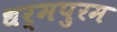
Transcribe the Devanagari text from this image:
धर्मपुरम